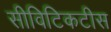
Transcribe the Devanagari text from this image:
सीविटिकटीस